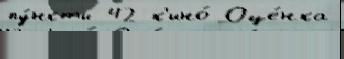
пу́нкты 42 к'ино́ Оце́нка